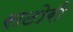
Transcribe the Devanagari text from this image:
सटोरी